65_HS1-834228961_62-HQ-83894_Section_5
Agency: FBI
Page 70
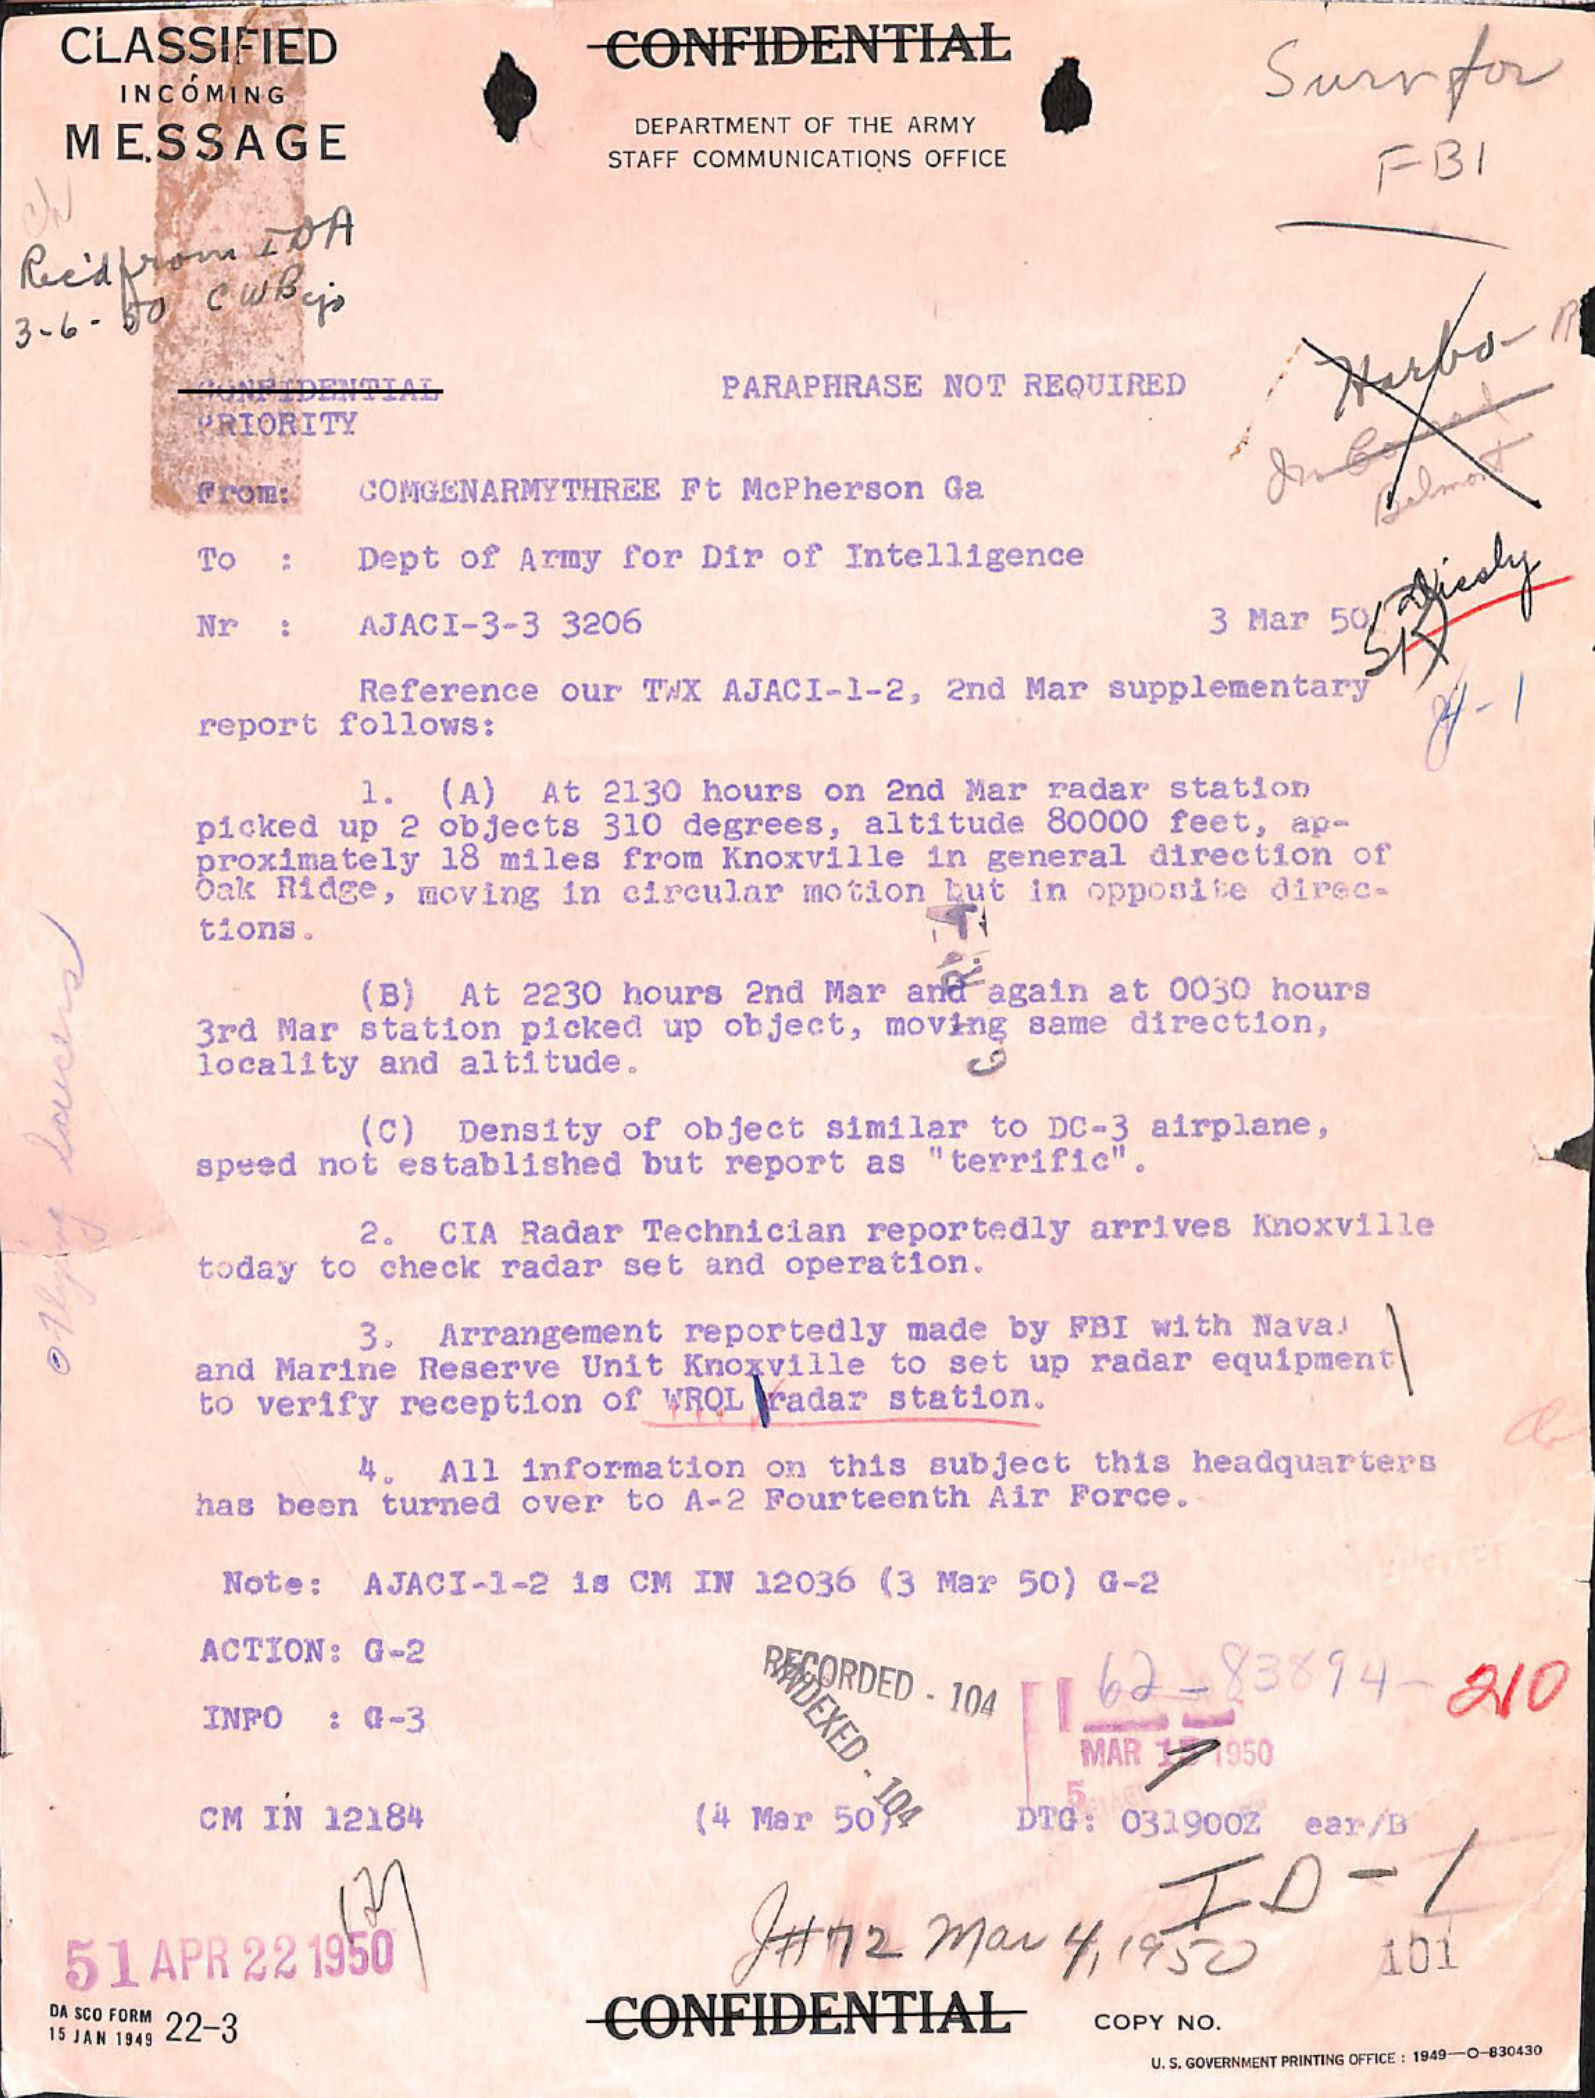